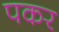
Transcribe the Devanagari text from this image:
पकर